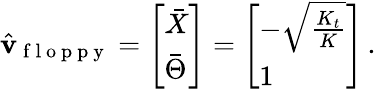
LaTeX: \hat{\mathbf{v}}_{\mathrm{~f~l~o~p~p~y~}}=\left[\begin{array}{l}{\bar{X}}\\ {\bar{\Theta}}\end{array}\right]=\left[\begin{array}{l}{-\sqrt{\frac{K_{t}}{K}}}\\ {1}\end{array}\right]\, .